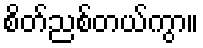
စိတ်ညစ်တယ်ကွာ။